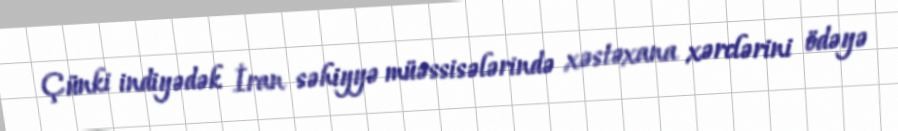
Çünki indiyədək İran səhiyyə müəssisələrində xəstəxana xərclərini ödəyə